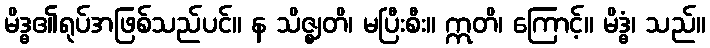
မိဒ္ဓ၏ရုပ်အဖြစ်သည်ပင်။ န သိဇ္ဈတိ၊ မပြီးစီး။ ဣတိ၊ ကြောင့်။ မိဒ္ဓံ၊ သည်။